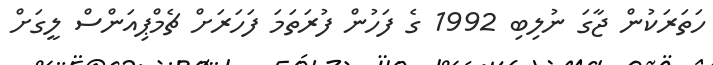
ހަތަރަކުން ޖާގަ ނުލިބި 1992 ގެ ފަހުން ފުރަތަމަ ފަހަރަށް ޗެމްޕިއަންސް ލީގަށް